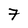
Character: 7